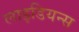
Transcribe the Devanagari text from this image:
लाइडियन्स